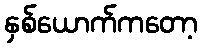
နှစ်ယောက်ကတော့